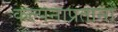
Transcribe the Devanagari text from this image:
कल्पनाप्रतानों